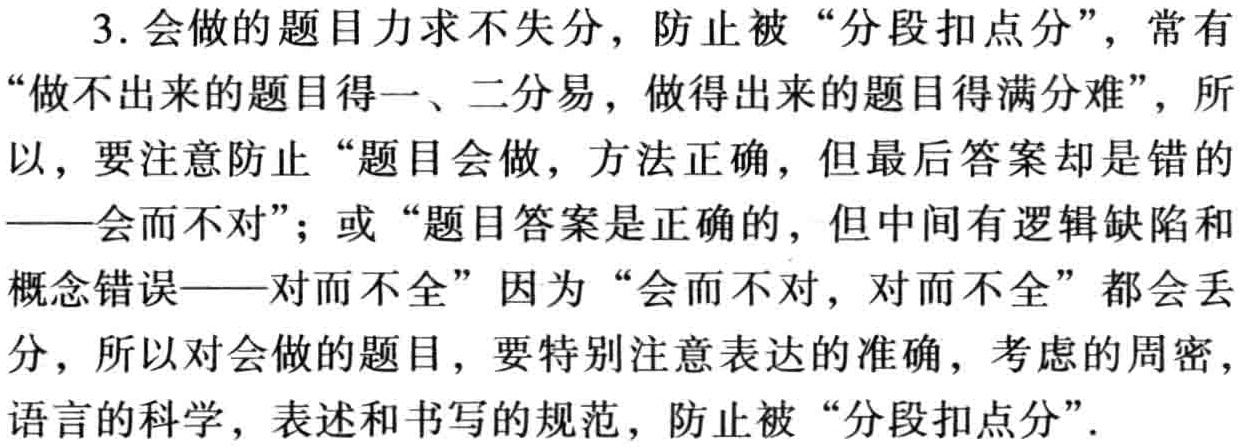
3. 会做的题目力求不失分，防止被“分段扣点分”，常有“做不出来的题目得一、二分易，做得出来的题目得满分难”，所以，要注意防止“题目会做，方法正确，但最后答案却是错的——会而不对”；或“题目答案是正确的，但中间有逻辑缺陷和概念错误——对而不全”因为“会而不对，对而不全”都会丢分，所以对会做的题目，要特别注意表达的准确，考虑的周密，语言的科学，表述和书写的规范，防止被“分段扣点分”.